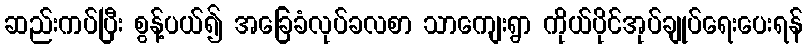
ဆည်းကပ်ပြီး စွန့်ပယ်၍ အခြေခံလုပ်ခလစာ သာကျေးရွာ ကိုယ်ပိုင်အုပ်ချုပ်ရေးပေးရန်